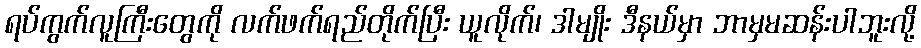
ရပ်ကွက်လူကြီးတွေကို လက်ဖက်ရည်တိုက်ပြီး ယူလိုက်၊ ဒါမျိုး ဒီနယ်မှာ ဘာမှမဆန်းပါဘူးလို့